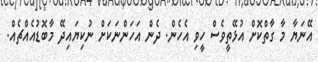
އޭނަޔާ މާ ގާތްކޮށް އުޅޭތީވެސް ހީވި އެހެން. ދެން އަހަންނަކަށް ނުކިޔައިދޭ މާބޮޑުއެއްޗެއް.